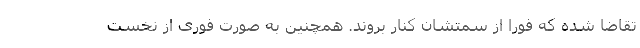
تقاضا شده که فورا از سمتشان کنار بروند. همچنین به صورت فوری از نخست